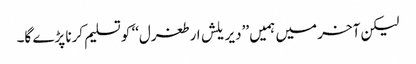
لیکن آخر میں ہمیں ’’دیریلش ارطغرل‘‘ کو تسلیم کرنا پڑے گا۔